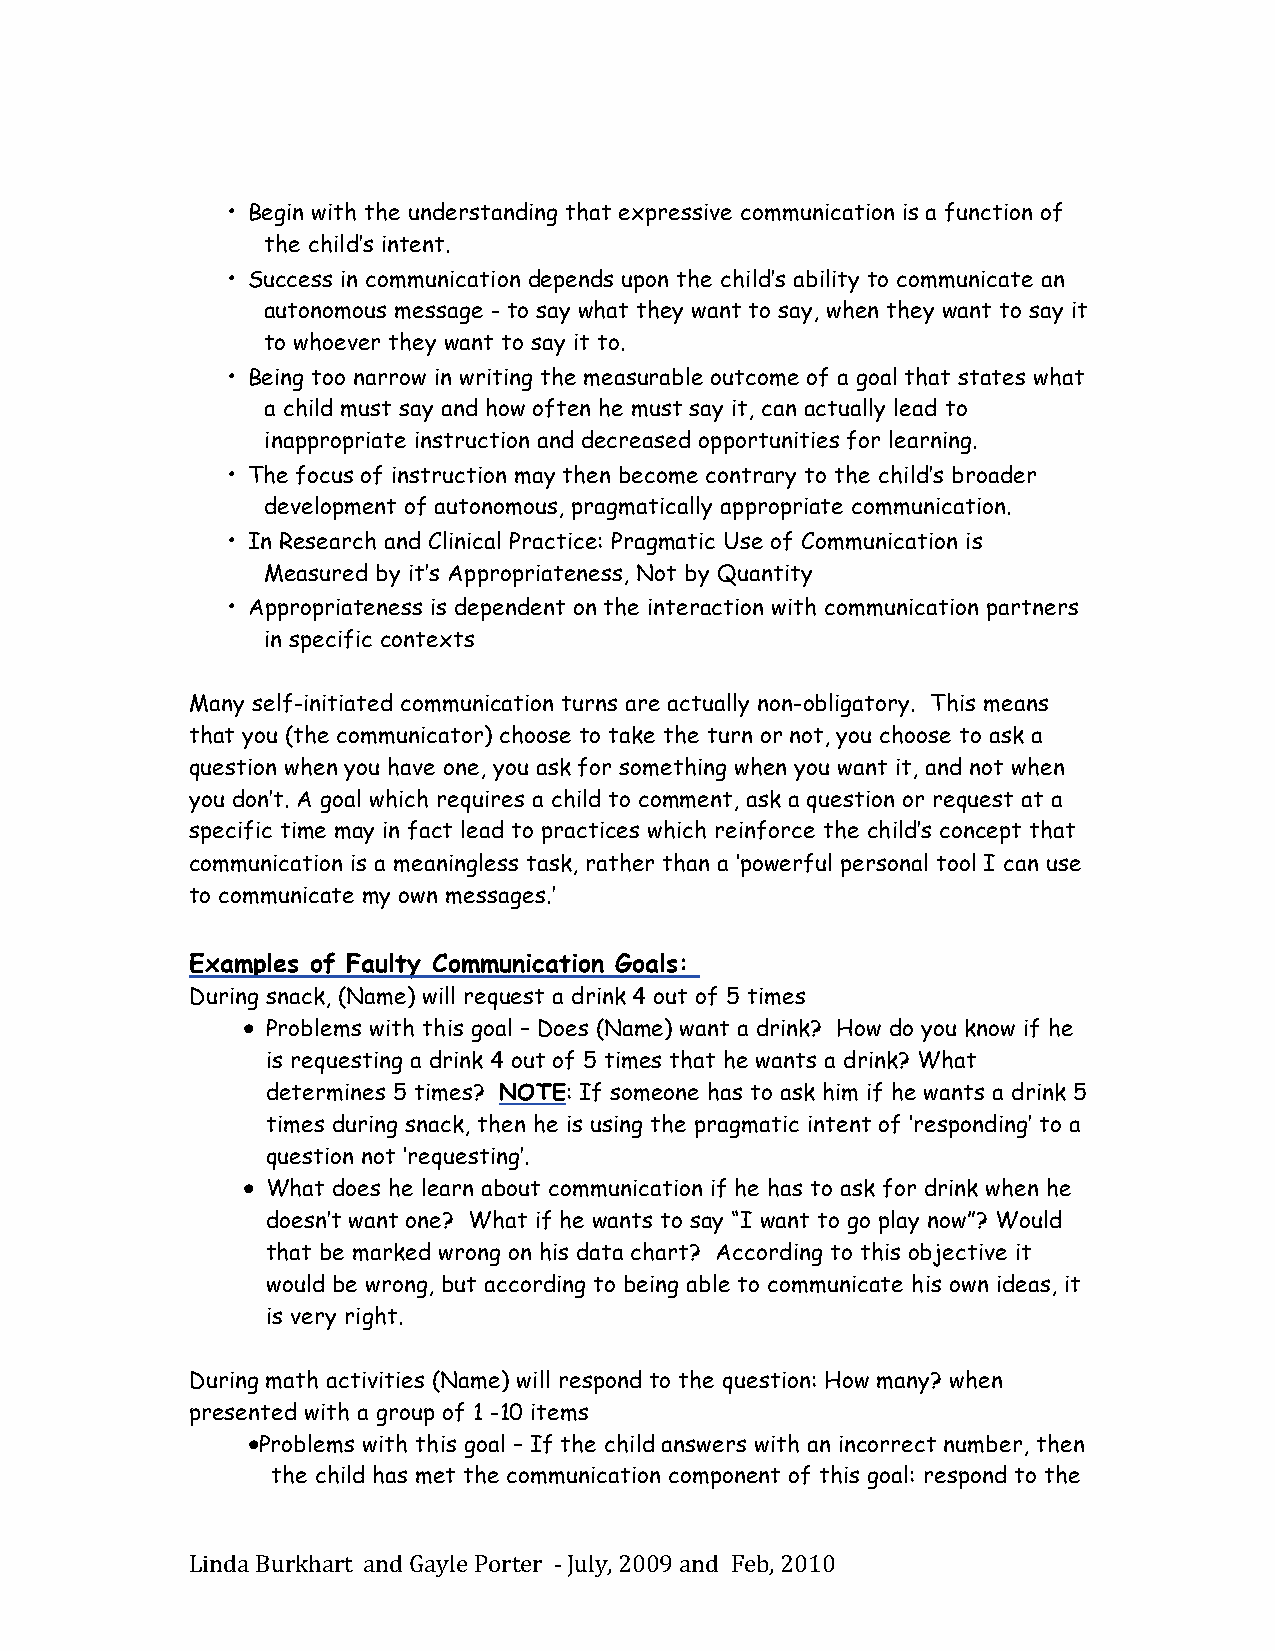
• Begin with the understanding that expressive communication is a function of
 the child’s intent.
 • Success in communication depends upon the child’s ability to communicate an
 autonomous message - to say what they want to say, when they want to say it
 to whoever they want to say it to.
 • Being too narrow in writing the measurable outcome of a goal that states what
 a child must say and how often he must say it, can actually lead to
 inappropriate instruction and decreased opportunities for learning.
 • The focus of instruction may then become contrary to the child’s broader
 development of autonomous, pragmatically appropriate communication.
 • In Research and Clinical Practice: Pragmatic Use of Communication is
 Measured by it’s Appropriateness, Not by Quantity
 • Appropriateness is dependent on the interaction with communication partners
 in specific contexts
 Many self-initiated communication turns are actually non-obligatory. This means
 that you (the communicator) choose to take the turn or not, you choose to ask a
 question when you have one, you ask for something when you want it, and not when
 you don’t. A goal which requires a child to comment, ask a question or request at a
 specific time may in fact lead to practices which reinforce the child’s concept that
 communication is a meaningless task, rather than a ‘powerful personal tool I can use
 to communicate my own messages.’
 Examples of Faulty Communication Goals:
 During snack, (Name) will request a drink 4 out of 5 times
 • Problems with this goal – Does (Name) want a drink? How do you know if he
 is requesting a drink 4 out of 5 times that he wants a drink? What
 determines 5 times? NOTE: If someone has to ask him if he wants a drink 5
 times during snack, then he is using the pragmatic intent of ‘responding’ to a
 question not ‘requesting’.
 • What does he learn about communication if he has to ask for drink when he
 doesn’t want one? What if he wants to say “I want to go play now”? Would
 that be marked wrong on his data chart? According to this objective it
 would be wrong, but according to being able to communicate his own ideas, it
 is very right.
 During math activities (Name) will respond to the question: How many? when
 presented with a group of 1 -10 items
 •Problems with this goal – If the child answers with an incorrect number, then
 the child has met the communication component of this goal: respond to the
 Linda Burkhart and Gayle Porter -­‐‑ July, 2009 and Feb, 2010